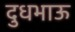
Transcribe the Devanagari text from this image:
दुधभाऊ